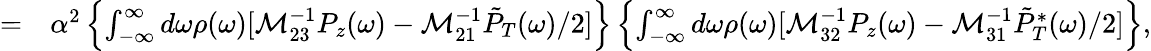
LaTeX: \begin{array}{rl}{=}&{{}\alpha^{2}\left\{ \int_{-\infty}^{\infty}d\omega\rho(\omega)[\mathcal M_{23}^{-1}P_{z}(\omega)-\mathcal M_{21}^{-1}\tilde{P}_{T}(\omega)/2]\right\} \left\{ \int_{-\infty}^{\infty}d\omega\rho(\omega)[\mathcal M_{32}^{-1}P_{z}(\omega)-\mathcal M_{31}^{-1}\tilde{P}_{T}^{*}(\omega)/2]\right\} ,}\end{array}